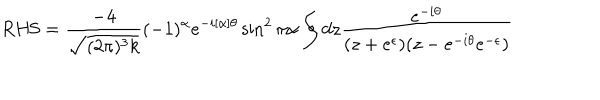
LaTeX: \mathrm { R H S } = \frac { - 4 } { \sqrt { ( 2 \pi ) ^ { 3 } k } } ( - 1 ) ^ { \alpha } e ^ { - i [ \alpha ] \theta } \sin ^ { 2 } \pi \alpha \oint d z \frac { e ^ { - i \theta } } { ( z + e ^ { \epsilon } ) ( z - e ^ { - i \theta } e ^ { - \epsilon } ) }